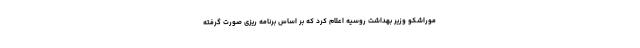
موراشکو وزیر بهداشت روسیه اعلام کرد که بر اساس برنامه ریزی صورت گرفته